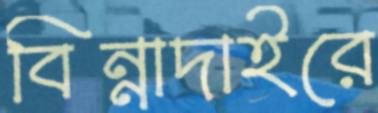
বিন্নাদাইরে